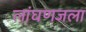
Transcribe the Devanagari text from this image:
लांघणजला